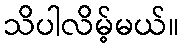
သိပါလိမ့်မယ်။